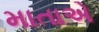
માતાએ